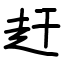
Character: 赶